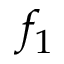
f _ { 1 }